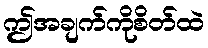
ဤအချက်ကိုစိတ်ထဲ